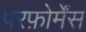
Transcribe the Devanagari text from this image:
परफ़ोर्मेंस